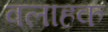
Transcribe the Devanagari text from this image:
वलाहक